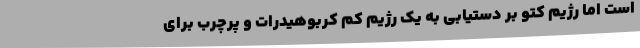
است اما رژیم کتو بر دستیابی به یک رژیم کم کربوهیدرات و پرچرب برای